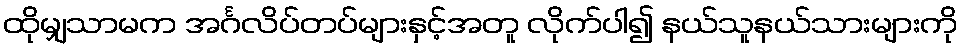
ထိုမျှသာမက အင်္ဂလိပ်တပ်များနှင့်အတူ လိုက်ပါ၍ နယ်သူနယ်သားများကို